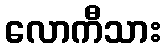
လောကီသား